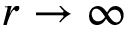
r \to \infty